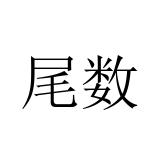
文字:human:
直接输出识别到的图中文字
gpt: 尾数